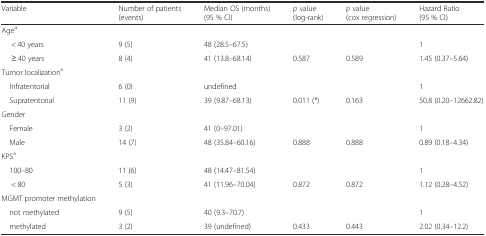
| Variable | Number of patients (events) | Median OS (months) (95 % CI) | p value (log-rank) | p value (cox regression) | Hazard Ratio (95 % CI) |
 | --- | --- | --- | --- | --- | --- |
 | Agea |  |  |  |  |  |
 | < 40 years | 9 (5) | 48 (28.5–67.5) |  |  | 1 |
 | ≥ 40 years | 8 (4) | 41 (13.8–68.14) | 0.587 | 0.589 | 1.45 (0.37–5.64) |
 | Tumor localizationa |  |  |  |  |  |
 | Infratentorial | 6 (0) | undefined |  |  | 1 |
 | Supratentorial | 11 (9) | 39 (9.87–68.13) | 0.011 (*) | 0.163 | 50.8 (0.20–12662.82) |
 | Gender |  |  |  |  |  |
 | Female | 3 (2) | 41 (0–97.01) |  |  | 1 |
 | Male | 14 (7) | 48 (35.84–60.16) | 0.888 | 0.888 | 0.89 (0.18–4.34) |
 | KPSa |  |  |  |  |  |
 | 100–80 | 11 (6) | 48 (14.47–81.54) |  |  | 1 |
 | < 80 | 5 (3) | 41 (11.96–70.04) | 0.872 | 0.872 | 1.12 (0.28–4.52) |
 | MGMT promoter methylation |  |  |  |  |  |
 | not methylated | 9 (5) | 40 (9.3–70.7) |  |  | 1 |
 | methylated | 3 (2) | 39 (undefined) | 0.433 | 0.443 | 2.02 (0.34–12.2) |